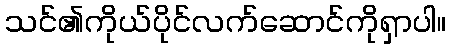
သင်၏ကိုယ်ပိုင်လက်ဆောင်ကိုရှာပါ။